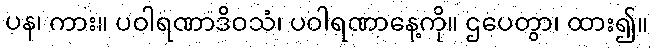
ပန၊ ကား။ ပဝါရဏာဒိဝသံ၊ ပဝါရဏာနေ့ကို။ ဌပေတွာ၊ ထား၍။